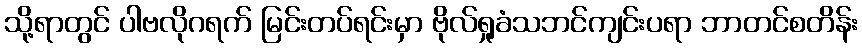
သို့ရာတွင် ပါဗလိုဂရက် မြင်းတပ်ရင်းမှာ ဗိုလ်ရှုခံသဘင်ကျင်းပရာ ဘာတင်စတိန်း